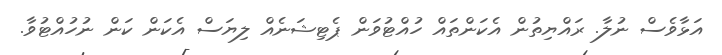
އަޅާވެސް ނުލާ. ރައްޔިތުން އެކަންތައް ހުއްޓުވަން ޕެޓިޝަނެއް ލިޔަސް އެކަން ކަން ނުހުއްޓުވާ.